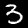
Label: 3